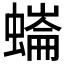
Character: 𧐩